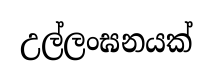
උල්ලංඝනයක්